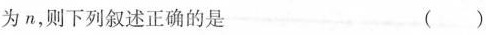
为n，则下列叙述正确的是 ()